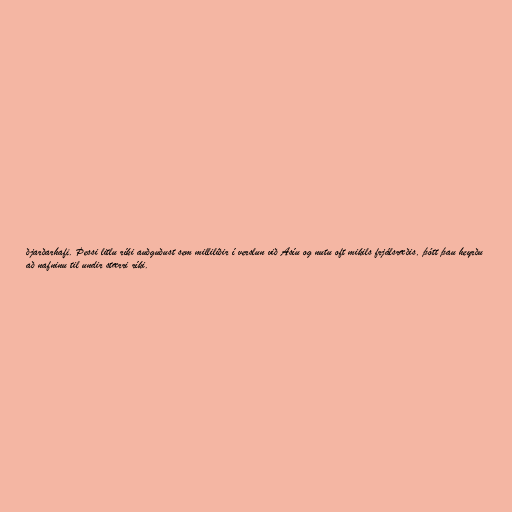
ðjarðarhafi. Þessi litlu ríki auðguðust sem milliliðir í verslun við Asíu og nutu oft mikils frjálsræðis, þótt þau heyrðu
að nafninu til undir stærri ríki.